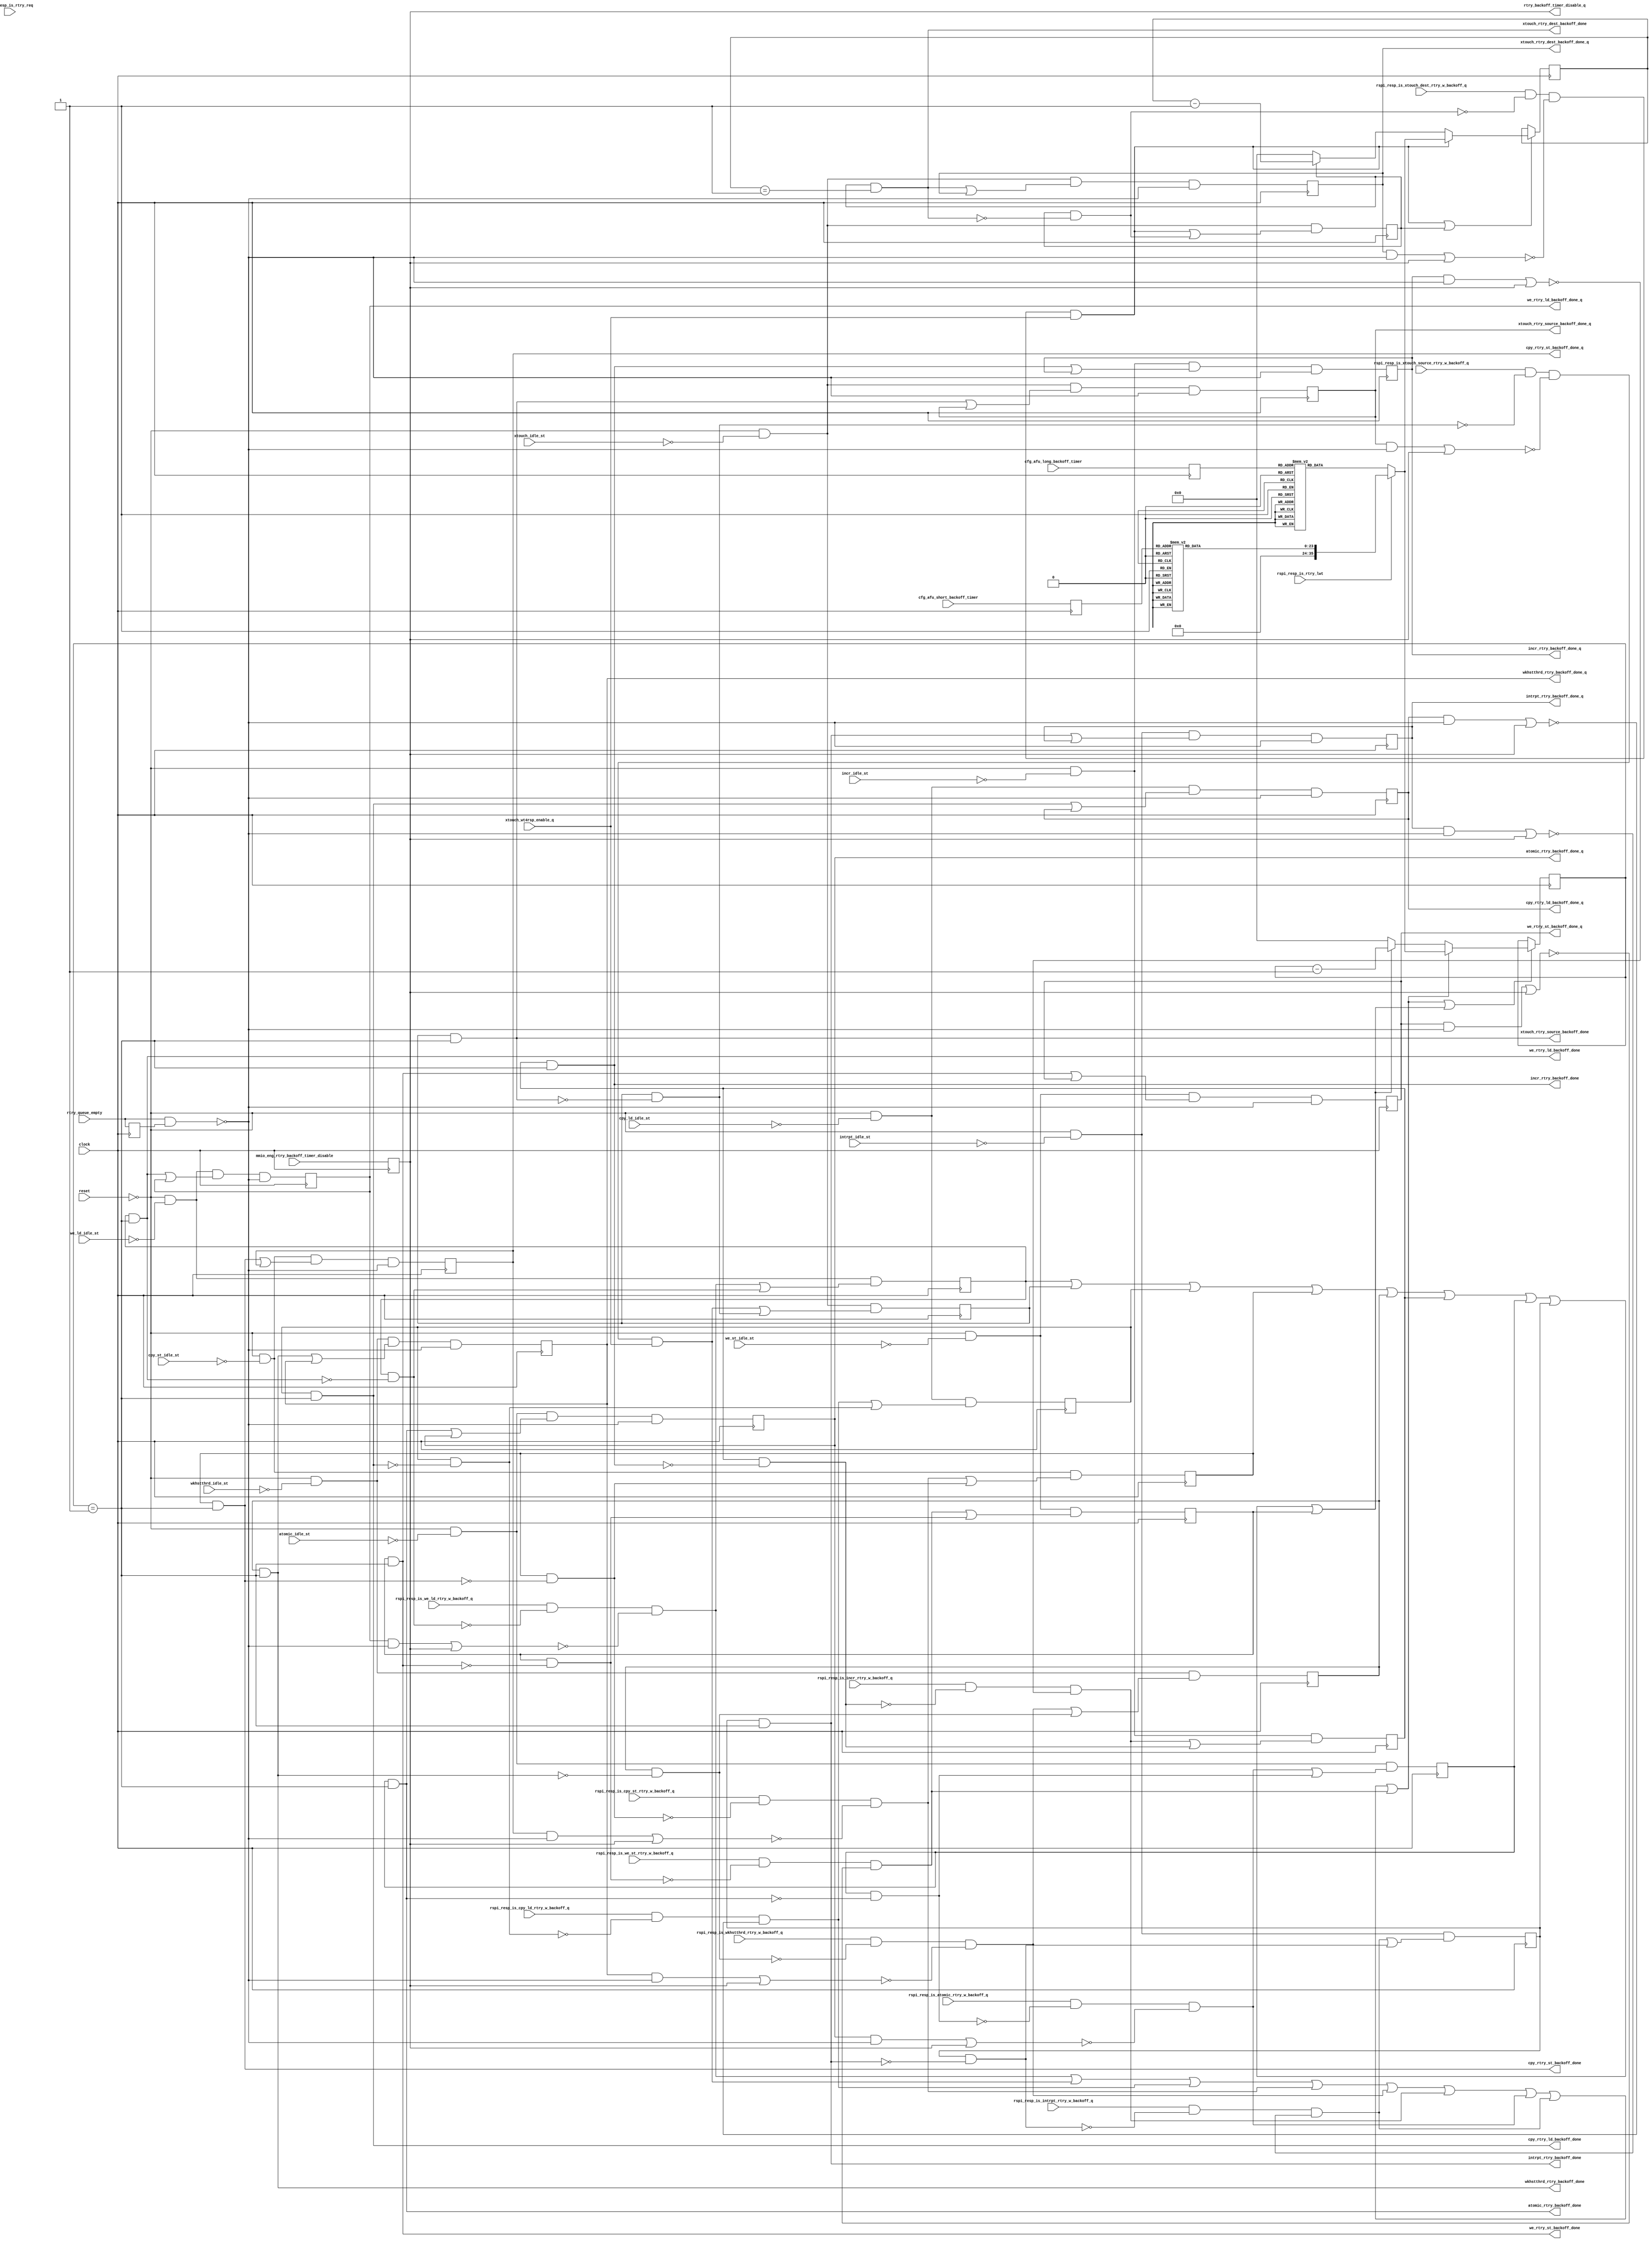
// *!***************************************************************************
// *! Copyright 2019 International Business Machines
// *!
// *! Licensed under the Apache License, Version 2.0 (the "License");
// *! you may not use this file except in compliance with the License.
// *! You may obtain a copy of the License at
// *! http://www.apache.org/licenses/LICENSE-2.0 
// *!
// *! The patent license granted to you in Section 3 of the License, as applied
// *! to the "Work," hereby includes implementations of the Work in physical form.  
// *!
// *! Unless required by applicable law or agreed to in writing, the reference design
// *! distributed under the License is distributed on an "AS IS" BASIS,
// *! WITHOUT WARRANTIES OR CONDITIONS OF ANY KIND, either express or implied.
// *! See the License for the specific language governing permissions and
// *! limitations under the License.
// *! 
// *! The background Specification upon which this is based is managed by and available from
// *! the OpenCAPI Consortium.  More information can be found at https://opencapi.org. 
// *!***************************************************************************
`timescale 1ns / 1ps

module mcp3_cpeng_rtry_timer (
  // -- Clocks and Reset
    input                 clock                                           
  , input                 reset

  // -- Modes/Config & Misc Inputs
  , input                 mmio_eng_rtry_backoff_timer_disable
  , input           [3:0] cfg_afu_long_backoff_timer
  , input           [3:0] cfg_afu_short_backoff_timer
  , input                 xtouch_wt4rsp_enable_q

  , input                 rtry_queue_empty

  // -- Idle State inputs from all of the sequencers
  , input                 we_ld_idle_st
  , input                 xtouch_idle_st
  , input                 cpy_ld_idle_st
  , input                 cpy_st_idle_st
  , input                 wkhstthrd_idle_st
  , input                 incr_idle_st
  , input                 atomic_idle_st
  , input                 intrpt_idle_st
  , input                 we_st_idle_st

  // -- Responses that require retry with backoff
  , input                 rspi_resp_is_we_ld_rtry_w_backoff_q
  , input                 rspi_resp_is_xtouch_source_rtry_w_backoff_q 
  , input                 rspi_resp_is_xtouch_dest_rtry_w_backoff_q
  , input                 rspi_resp_is_cpy_ld_rtry_w_backoff_q
  , input                 rspi_resp_is_cpy_st_rtry_w_backoff_q
  , input                 rspi_resp_is_wkhstthrd_rtry_w_backoff_q
  , input                 rspi_resp_is_incr_rtry_w_backoff_q
  , input                 rspi_resp_is_atomic_rtry_w_backoff_q
  , input                 rspi_resp_is_intrpt_rtry_w_backoff_q
  , input                 rspi_resp_is_we_st_rtry_w_backoff_q

  // -- Responses to determine long vs short timer
  , input                 rspi_resp_is_rtry_req 
  , input                 rspi_resp_is_rtry_lwt  

  // -- Outputs to the Rtry Sequencers
  , output                we_rtry_ld_backoff_done
  , output                xtouch_rtry_source_backoff_done
  , output                xtouch_rtry_dest_backoff_done
  , output                cpy_rtry_ld_backoff_done
  , output                cpy_rtry_st_backoff_done
  , output                wkhstthrd_rtry_backoff_done
  , output                incr_rtry_backoff_done
  , output                atomic_rtry_backoff_done
  , output                intrpt_rtry_backoff_done
  , output                we_rtry_st_backoff_done

  , output                rtry_backoff_timer_disable_q
  , output                we_rtry_ld_backoff_done_q
  , output                xtouch_rtry_source_backoff_done_q
  , output                xtouch_rtry_dest_backoff_done_q
  , output                cpy_rtry_ld_backoff_done_q
  , output                cpy_rtry_st_backoff_done_q
  , output                wkhstthrd_rtry_backoff_done_q
  , output                incr_rtry_backoff_done_q
  , output                atomic_rtry_backoff_done_q
  , output                intrpt_rtry_backoff_done_q
  , output                we_rtry_st_backoff_done_q

  );

  // -- ********************************************************************************************************************************
  // -- Signal declarations
  // -- ********************************************************************************************************************************

  reg      [35:0] cfg_long_backoff_timer;
  reg      [23:0] cfg_short_backoff_timer;

  wire            we_rtry_ld_backoff_start;
  wire            we_rtry_ld_backoff_done_int;

  wire            xtouch_rtry_source_backoff_start;
  wire            xtouch_rtry_source_backoff_done_int;

  wire            xtouch_rtry_dest_backoff_start;
  wire            xtouch_rtry_dest_backoff_done_int;

  wire            cpy_rtry_ld_backoff_start;
  wire            cpy_rtry_ld_backoff_done_int;

  wire            cpy_rtry_st_backoff_start;
  wire            cpy_rtry_st_backoff_done_int;

  wire            wkhstthrd_rtry_backoff_start;
  wire            wkhstthrd_rtry_backoff_done_int;

  wire            incr_rtry_backoff_start;
  wire            incr_rtry_backoff_done_int;

  wire            atomic_rtry_backoff_start;
  wire            atomic_rtry_backoff_done_int;

  wire            intrpt_rtry_backoff_start;
  wire            intrpt_rtry_backoff_done_int;

  wire            we_rtry_st_backoff_start;
  wire            we_rtry_st_backoff_done_int;

  wire            rtry_backoff_timer1_eq_one;
  wire            rtry_backoff_timer2_eq_one;

  wire            rtry_backoff_timer1_start;
  wire            rtry_backoff_timer2_start;

  wire            rtry_backoff_timer1_in_progress;
  wire            rtry_backoff_timer2_in_progress;


  // -- ********************************************************************************************************************************
  // -- Latch Signal declarations
  // -- ********************************************************************************************************************************

  wire            rtry_backoff_timer_disable_int_d;
  reg             rtry_backoff_timer_disable_int_q;

  wire      [3:0] cfg_afu_long_backoff_timer_d;
  reg       [3:0] cfg_afu_long_backoff_timer_q;

  wire      [3:0] cfg_afu_short_backoff_timer_d;
  reg       [3:0] cfg_afu_short_backoff_timer_q;

  wire            we_rtry_ld_backoff_in_progress_d;
  reg             we_rtry_ld_backoff_in_progress_q;
  wire            we_rtry_ld_backoff_done_int_d;
  reg             we_rtry_ld_backoff_done_int_q;

  wire            xtouch_rtry_source_backoff_in_progress_d;
  reg             xtouch_rtry_source_backoff_in_progress_q;
  wire            xtouch_rtry_source_backoff_done_int_d;
  reg             xtouch_rtry_source_backoff_done_int_q;

  wire            xtouch_rtry_dest_backoff_in_progress_d;
  reg             xtouch_rtry_dest_backoff_in_progress_q;
  wire            xtouch_rtry_dest_backoff_done_int_d;
  reg             xtouch_rtry_dest_backoff_done_int_q;

  wire            cpy_rtry_ld_backoff_in_progress_d;
  reg             cpy_rtry_ld_backoff_in_progress_q;
  wire            cpy_rtry_ld_backoff_done_int_d;
  reg             cpy_rtry_ld_backoff_done_int_q;

  wire            cpy_rtry_st_backoff_in_progress_d;
  reg             cpy_rtry_st_backoff_in_progress_q;
  wire            cpy_rtry_st_backoff_done_int_d;
  reg             cpy_rtry_st_backoff_done_int_q;

  wire            wkhstthrd_rtry_backoff_in_progress_d;
  reg             wkhstthrd_rtry_backoff_in_progress_q;
  wire            wkhstthrd_rtry_backoff_done_int_d;
  reg             wkhstthrd_rtry_backoff_done_int_q;

  wire            incr_rtry_backoff_in_progress_d;
  reg             incr_rtry_backoff_in_progress_q;
  wire            incr_rtry_backoff_done_int_d;
  reg             incr_rtry_backoff_done_int_q;

  wire            atomic_rtry_backoff_in_progress_d;
  reg             atomic_rtry_backoff_in_progress_q;
  wire            atomic_rtry_backoff_done_int_d;
  reg             atomic_rtry_backoff_done_int_q;

  wire            intrpt_rtry_backoff_in_progress_d;
  reg             intrpt_rtry_backoff_in_progress_q;
  wire            intrpt_rtry_backoff_done_int_d;
  reg             intrpt_rtry_backoff_done_int_q;

  wire            we_rtry_st_backoff_in_progress_d;
  reg             we_rtry_st_backoff_in_progress_q;
  wire            we_rtry_st_backoff_done_int_d;
  reg             we_rtry_st_backoff_done_int_q;

  wire            rtry_backoff_timer1_en;
  reg      [35:0] rtry_backoff_timer1_d;
  reg      [35:0] rtry_backoff_timer1_q;

  wire            rtry_backoff_timer2_en;
  reg      [35:0] rtry_backoff_timer2_d;
  reg      [35:0] rtry_backoff_timer2_q;

  wire            rtry_queue_empty_dly1_d;
  reg             rtry_queue_empty_dly1_q;


  // -- ********************************************************************************************************************************
  // -- Config/Mode repower 
  // -- ********************************************************************************************************************************

  assign  rtry_backoff_timer_disable_int_d =  mmio_eng_rtry_backoff_timer_disable;

  // -- Drive outbound for use by retry sequencers
  assign  rtry_backoff_timer_disable_q     =  rtry_backoff_timer_disable_int_q; 

  assign  cfg_afu_long_backoff_timer_d[3:0]  =  cfg_afu_long_backoff_timer[3:0];
  assign  cfg_afu_short_backoff_timer_d[3:0] =  cfg_afu_short_backoff_timer[3:0];


  // -- ********************************************************************************************************************************
  // -- rty_req long & short backoff timer conversion 
  // -- ********************************************************************************************************************************

  always @*
    begin
      case (cfg_afu_long_backoff_timer_q[3:0])                      // -- At 200 MHz, 20 clock cycles (x14) = 100 ns
        4'b0000:  cfg_long_backoff_timer[35:0] =  36'h0_0000_0014;  // --  2^(2*0)  =          1 * 100 ns  
        4'b0001:  cfg_long_backoff_timer[35:0] =  36'h0_0000_0050;  // --  2^(2*1)  =          4 * 100 ns
        4'b0010:  cfg_long_backoff_timer[35:0] =  36'h0_0000_0140;  // --  2^(2*2)  =         16 * 100 ns   
        4'b0011:  cfg_long_backoff_timer[35:0] =  36'h0_0000_0500;  // --  2^(2*3)  =         64 * 100 ns     
        4'b0100:  cfg_long_backoff_timer[35:0] =  36'h0_0000_1400;  // --  2^(2*4)  =        256 * 100 ns     
        4'b0101:  cfg_long_backoff_timer[35:0] =  36'h0_0000_5000;  // --  2^(2*5)  =       1024 * 100 ns     
        4'b0110:  cfg_long_backoff_timer[35:0] =  36'h0_0001_4000;  // --  2^(2*6)  =       4096 * 100 ns     
        4'b0111:  cfg_long_backoff_timer[35:0] =  36'h0_0005_0000;  // --  2^(2*7)  =      16384 * 100 ns     
        4'b1000:  cfg_long_backoff_timer[35:0] =  36'h0_0014_0000;  // --  2^(2*8)  =      65536 * 100 ns    
        4'b1001:  cfg_long_backoff_timer[35:0] =  36'h0_0050_0000;  // --  2^(2*9)  =     262144 * 100 ns      
        4'b1010:  cfg_long_backoff_timer[35:0] =  36'h0_0140_0000;  // --  2^(2*10) =    1048576 * 100 ns     
        4'b1011:  cfg_long_backoff_timer[35:0] =  36'h0_0500_0000;  // --  2^(2*11) =    4184304 * 100 ns    
        4'b1100:  cfg_long_backoff_timer[35:0] =  36'h0_1400_0000;  // --  2^(2*12) =   16777216 * 100 ns    
        4'b1101:  cfg_long_backoff_timer[35:0] =  36'h0_5000_0000;  // --  2^(2*13) =   67108864 * 100 ns    
        4'b1110:  cfg_long_backoff_timer[35:0] =  36'h1_4000_0000;  // --  2^(2*14) =  268435456 * 100 ns    
        4'b1111:  cfg_long_backoff_timer[35:0] =  36'h5_0000_0000;  // --  2^(2*15) = 1073741824 * 100 ns    
     endcase
    end // -- always @ *

  always @*
    begin
      case (cfg_afu_short_backoff_timer_q[3:0])                  // -- At 200 MHz, 20 clock cycles (x14) = 100 ns
        4'b0000:  cfg_short_backoff_timer[23:0] =  24'h00_0014;  // --  2^0  =     1 * 100 ns  
        4'b0001:  cfg_short_backoff_timer[23:0] =  24'h00_0028;  // --  2^1  =     2 * 100 ns
        4'b0010:  cfg_short_backoff_timer[23:0] =  24'h00_0050;  // --  2^2  =     4 * 100 ns   
        4'b0011:  cfg_short_backoff_timer[23:0] =  24'h00_00A0;  // --  2^3  =     8 * 100 ns     
        4'b0100:  cfg_short_backoff_timer[23:0] =  24'h00_0140;  // --  2^4  =    16 * 100 ns     
        4'b0101:  cfg_short_backoff_timer[23:0] =  24'h00_0280;  // --  2^5  =    32 * 100 ns     
        4'b0110:  cfg_short_backoff_timer[23:0] =  24'h00_0500;  // --  2^6  =    64 * 100 ns     
        4'b0111:  cfg_short_backoff_timer[23:0] =  24'h00_0A00;  // --  2^7  =   128 * 100 ns     
        4'b1000:  cfg_short_backoff_timer[23:0] =  24'h00_1400;  // --  2^8  =   256 * 100 ns    
        4'b1001:  cfg_short_backoff_timer[23:0] =  24'h00_2800;  // --  2^9  =   512 * 100 ns      
        4'b1010:  cfg_short_backoff_timer[23:0] =  24'h00_5000;  // --  2^10 =  1024 * 100 ns     
        4'b1011:  cfg_short_backoff_timer[23:0] =  24'h00_A000;  // --  2^11 =  2048 * 100 ns    
        4'b1100:  cfg_short_backoff_timer[23:0] =  24'h01_4000;  // --  2^12 =  4096 * 100 ns    
        4'b1101:  cfg_short_backoff_timer[23:0] =  24'h02_8000;  // --  2^13 =  8192 * 100 ns    
        4'b1110:  cfg_short_backoff_timer[23:0] =  24'h05_0000;  // --  2^14 = 16384 * 100 ns    
        4'b1111:  cfg_short_backoff_timer[23:0] =  24'h0A_0000;  // --  2^15 = 32768 * 100 ns    
      endcase
    end // -- always @ *

  // -- Retry Backoff Timers are started on the front end of the retry queue (as the response is received)
  // -- They are checked as the retried cmds are read from the rtry_queue.  If timer still active, need to wait, else proceed.
  // -- In the case of a xlate_pending or intrp_pending, those are queued in the queue to be released at a later time, no timer started until see xlate_done or intrp_rdy
  // -- Copy's are a special case because there are up to 32 outstanding operations ... not worth the real estate to track them individually
  // -- For copy's, a single timer will be used,  started on first retry.  After it counts down, all cmds in the rtry queue will be allowed to drain.
  // -- Once the rtry queue goes empty, done latch is reset, subsequent retry will again start the backoff timer.
  // -- xlate touches will use two individual timers, one for source, other for dest.
  // -- All other retries are single command, single timer

  // -- NOTE: rtry_req term includes both the normal response w/ resp_code of rty_req as well as pending_done w/ resp_code of rty_req

  assign  rtry_queue_empty_dly1_d = rtry_queue_empty;

  // -- we_rtry_ld backoff timer management  
  assign  we_rtry_ld_backoff_start                  =  ( rspi_resp_is_we_ld_rtry_w_backoff_q && ~( we_rtry_ld_backoff_in_progress_q && ~we_rtry_ld_backoff_done_int ) &&
                                                      ~(( we_rtry_ld_backoff_done_int_q && ~( rtry_queue_empty && rtry_queue_empty_dly1_q )) || rtry_backoff_timer_disable_int_q )); 
  assign  we_rtry_ld_backoff_in_progress_d          =  ( ~reset && ~we_ld_idle_st && ( we_rtry_ld_backoff_start || ( we_rtry_ld_backoff_in_progress_q && ~we_rtry_ld_backoff_done_int )));
  assign  we_rtry_ld_backoff_done_int_d             =  ( ~reset && ~we_ld_idle_st && ( we_rtry_ld_backoff_done_int  || we_rtry_ld_backoff_done_int_q ) && ~( rtry_queue_empty && rtry_queue_empty_dly1_q ));

  // -- xtouch_rtry_source backoff timer management
  assign  xtouch_rtry_source_backoff_start          =  ( rspi_resp_is_xtouch_source_rtry_w_backoff_q && ~(xtouch_rtry_source_backoff_in_progress_q && ~xtouch_rtry_source_backoff_done_int ) &&
                                                      ~(( xtouch_rtry_source_backoff_done_int_q && ~( rtry_queue_empty && rtry_queue_empty_dly1_q )) || rtry_backoff_timer_disable_int_q ) && xtouch_wt4rsp_enable_q );   
  assign  xtouch_rtry_source_backoff_in_progress_d  =  ( ~reset && ~xtouch_idle_st && ( xtouch_rtry_source_backoff_start || ( xtouch_rtry_source_backoff_in_progress_q && ~xtouch_rtry_source_backoff_done_int )));
  assign  xtouch_rtry_source_backoff_done_int_d     =  ( ~reset && ~xtouch_idle_st && ( xtouch_rtry_source_backoff_done_int  || xtouch_rtry_source_backoff_done_int_q ) && ~( rtry_queue_empty && rtry_queue_empty_dly1_q ));

  // -- xtouch_rtry_dest backoff timer management
  assign  xtouch_rtry_dest_backoff_start            =  ( rspi_resp_is_xtouch_dest_rtry_w_backoff_q && ~(xtouch_rtry_dest_backoff_in_progress_q && ~xtouch_rtry_dest_backoff_done_int ) &&
                                                      ~(( xtouch_rtry_dest_backoff_done_int_q && ~( rtry_queue_empty && rtry_queue_empty_dly1_q )) || rtry_backoff_timer_disable_int_q ) && xtouch_wt4rsp_enable_q );   
  assign  xtouch_rtry_dest_backoff_in_progress_d    =  ( ~reset && ~xtouch_idle_st && ( xtouch_rtry_dest_backoff_start || ( xtouch_rtry_dest_backoff_in_progress_q && ~xtouch_rtry_dest_backoff_done_int )));
  assign  xtouch_rtry_dest_backoff_done_int_d       =  ( ~reset && ~xtouch_idle_st && ( xtouch_rtry_dest_backoff_done_int  || xtouch_rtry_dest_backoff_done_int_q ) && ~( rtry_queue_empty && rtry_queue_empty_dly1_q ));

  // -- cpy_rtry_ld backoff timer management
  assign  cpy_rtry_ld_backoff_start                 =  ( rspi_resp_is_cpy_ld_rtry_w_backoff_q && ~( cpy_rtry_ld_backoff_in_progress_q && ~cpy_rtry_ld_backoff_done_int ) &&
                                                      ~(( cpy_rtry_ld_backoff_done_int_q && ~( rtry_queue_empty && rtry_queue_empty_dly1_q )) || rtry_backoff_timer_disable_int_q )); 
  assign  cpy_rtry_ld_backoff_in_progress_d         =  ( ~reset && ~cpy_ld_idle_st && ( cpy_rtry_ld_backoff_start || ( cpy_rtry_ld_backoff_in_progress_q && ~cpy_rtry_ld_backoff_done_int )));
  assign  cpy_rtry_ld_backoff_done_int_d            =  ( ~reset && ~cpy_ld_idle_st && ( cpy_rtry_ld_backoff_done_int  || cpy_rtry_ld_backoff_done_int_q ) && ~( rtry_queue_empty && rtry_queue_empty_dly1_q ));

  // -- cpy_rtry_st backoff timer management
  assign  cpy_rtry_st_backoff_start                 =  ( rspi_resp_is_cpy_st_rtry_w_backoff_q && ~( cpy_rtry_st_backoff_in_progress_q && ~cpy_rtry_st_backoff_done_int ) &&
                                                      ~(( cpy_rtry_st_backoff_done_int_q && ~( rtry_queue_empty && rtry_queue_empty_dly1_q )) || rtry_backoff_timer_disable_int_q )); 
  assign  cpy_rtry_st_backoff_in_progress_d         =  ( ~reset && ~cpy_st_idle_st && ( cpy_rtry_st_backoff_start || ( cpy_rtry_st_backoff_in_progress_q && ~cpy_rtry_st_backoff_done_int )));
  assign  cpy_rtry_st_backoff_done_int_d            =  ( ~reset && ~cpy_st_idle_st && ( cpy_rtry_st_backoff_done_int  || cpy_rtry_st_backoff_done_int_q ) && ~( rtry_queue_empty && rtry_queue_empty_dly1_q ));

  // -- wkhstthrd_rtry backoff timer management  
  assign  wkhstthrd_rtry_backoff_start              =  ( rspi_resp_is_wkhstthrd_rtry_w_backoff_q && ~( wkhstthrd_rtry_backoff_in_progress_q && ~wkhstthrd_rtry_backoff_done_int ) &&
                                                      ~(( wkhstthrd_rtry_backoff_done_int_q && ~( rtry_queue_empty && rtry_queue_empty_dly1_q )) || rtry_backoff_timer_disable_int_q )); 
  assign  wkhstthrd_rtry_backoff_in_progress_d      =  ( ~reset && ~wkhstthrd_idle_st && ( wkhstthrd_rtry_backoff_start || ( wkhstthrd_rtry_backoff_in_progress_q && ~wkhstthrd_rtry_backoff_done_int )));
  assign  wkhstthrd_rtry_backoff_done_int_d         =  ( ~reset && ~wkhstthrd_idle_st && ( wkhstthrd_rtry_backoff_done_int  || wkhstthrd_rtry_backoff_done_int_q ) && ~( rtry_queue_empty && rtry_queue_empty_dly1_q ));

  // -- incr_rtry backoff timer management  
  assign  incr_rtry_backoff_start                   =  ( rspi_resp_is_incr_rtry_w_backoff_q && ~( incr_rtry_backoff_in_progress_q && ~incr_rtry_backoff_done_int ) &&
                                                      ~(( incr_rtry_backoff_done_int_q && ~( rtry_queue_empty && rtry_queue_empty_dly1_q )) || rtry_backoff_timer_disable_int_q )); 
  assign  incr_rtry_backoff_in_progress_d           =  ( ~reset && ~incr_idle_st && ( incr_rtry_backoff_start || ( incr_rtry_backoff_in_progress_q && ~incr_rtry_backoff_done_int )));
  assign  incr_rtry_backoff_done_int_d              =  ( ~reset && ~incr_idle_st && ( incr_rtry_backoff_done_int  || incr_rtry_backoff_done_int_q ) && ~( rtry_queue_empty && rtry_queue_empty_dly1_q ));

  // -- atomic_rtry backoff timer management
  assign  atomic_rtry_backoff_start                 =  ( rspi_resp_is_atomic_rtry_w_backoff_q && ~( atomic_rtry_backoff_in_progress_q && ~atomic_rtry_backoff_done_int ) &&
                                                      ~(( atomic_rtry_backoff_done_int_q && ~( rtry_queue_empty && rtry_queue_empty_dly1_q )) || rtry_backoff_timer_disable_int_q )); 
  assign  atomic_rtry_backoff_in_progress_d         =  ( ~reset && ~atomic_idle_st && ( atomic_rtry_backoff_start || ( atomic_rtry_backoff_in_progress_q && ~atomic_rtry_backoff_done_int )));
  assign  atomic_rtry_backoff_done_int_d            =  ( ~reset && ~atomic_idle_st && ( atomic_rtry_backoff_done_int  || atomic_rtry_backoff_done_int_q ) && ~( rtry_queue_empty && rtry_queue_empty_dly1_q ));

  // -- intrpt_rtry backoff timer management
  assign  intrpt_rtry_backoff_start                 =  ( rspi_resp_is_intrpt_rtry_w_backoff_q && ~( intrpt_rtry_backoff_in_progress_q && ~intrpt_rtry_backoff_done_int ) &&
                                                      ~(( intrpt_rtry_backoff_done_int_q && ~( rtry_queue_empty && rtry_queue_empty_dly1_q )) || rtry_backoff_timer_disable_int_q )); 
  assign  intrpt_rtry_backoff_in_progress_d         =  ( ~reset && ~intrpt_idle_st && ( intrpt_rtry_backoff_start || ( intrpt_rtry_backoff_in_progress_q && ~intrpt_rtry_backoff_done_int )));
  assign  intrpt_rtry_backoff_done_int_d            =  ( ~reset && ~intrpt_idle_st && ( intrpt_rtry_backoff_done_int  || intrpt_rtry_backoff_done_int_q ) && ~( rtry_queue_empty && rtry_queue_empty_dly1_q ));

  // -- we_st_rtry backoff timer management
  assign  we_rtry_st_backoff_start                  =  ( rspi_resp_is_we_st_rtry_w_backoff_q && ~( we_rtry_st_backoff_in_progress_q && ~we_rtry_st_backoff_done_int ) &&
                                                      ~(( we_rtry_st_backoff_done_int_q && ~( rtry_queue_empty && rtry_queue_empty_dly1_q )) || rtry_backoff_timer_disable_int_q )); 
  assign  we_rtry_st_backoff_in_progress_d          =  ( ~reset && ~we_st_idle_st && ( we_rtry_st_backoff_start || ( we_rtry_st_backoff_in_progress_q && ~we_rtry_st_backoff_done_int )));
  assign  we_rtry_st_backoff_done_int_d             =  ( ~reset && ~we_st_idle_st && ( we_rtry_st_backoff_done_int  || we_rtry_st_backoff_done_int_q ) && ~( rtry_queue_empty && rtry_queue_empty_dly1_q ));

  // -- Send Raw Dones outbound for use by retry sequencers
  assign  we_rtry_ld_backoff_done           =  we_rtry_ld_backoff_done_int;
  assign  xtouch_rtry_source_backoff_done   =  xtouch_rtry_source_backoff_done_int;
  assign  xtouch_rtry_dest_backoff_done     =  xtouch_rtry_dest_backoff_done_int;
  assign  cpy_rtry_ld_backoff_done          =  cpy_rtry_ld_backoff_done_int;
  assign  cpy_rtry_st_backoff_done          =  cpy_rtry_st_backoff_done_int;
  assign  wkhstthrd_rtry_backoff_done       =  wkhstthrd_rtry_backoff_done_int;
  assign  incr_rtry_backoff_done            =  incr_rtry_backoff_done_int;
  assign  atomic_rtry_backoff_done          =  atomic_rtry_backoff_done_int;
  assign  intrpt_rtry_backoff_done          =  intrpt_rtry_backoff_done_int;
  assign  we_rtry_st_backoff_done           =  we_rtry_st_backoff_done_int;                                          

  // -- Send Backoff Enable and Done Latches outbound for use by retry sequencers
  assign  rtry_backoff_timer_disable_q      =  rtry_backoff_timer_disable_int_q;
  assign  we_rtry_ld_backoff_done_q         =  we_rtry_ld_backoff_done_int_q;
  assign  xtouch_rtry_source_backoff_done_q =  xtouch_rtry_source_backoff_done_int_q;
  assign  xtouch_rtry_dest_backoff_done_q   =  xtouch_rtry_dest_backoff_done_int_q;
  assign  cpy_rtry_ld_backoff_done_q        =  cpy_rtry_ld_backoff_done_int_q;
  assign  cpy_rtry_st_backoff_done_q        =  cpy_rtry_st_backoff_done_int_q;
  assign  wkhstthrd_rtry_backoff_done_q     =  wkhstthrd_rtry_backoff_done_int_q;
  assign  incr_rtry_backoff_done_q          =  incr_rtry_backoff_done_int_q;
  assign  atomic_rtry_backoff_done_q        =  atomic_rtry_backoff_done_int_q;
  assign  intrpt_rtry_backoff_done_q        =  intrpt_rtry_backoff_done_int_q;
  assign  we_rtry_st_backoff_done_q         =  we_rtry_st_backoff_done_int_q;                                          

  assign  rtry_backoff_timer1_eq_one =  ( rtry_backoff_timer1_q[35:0] == 36'b1 );

  assign          we_rtry_ld_backoff_done_int =  (         we_rtry_ld_backoff_in_progress_q && rtry_backoff_timer1_eq_one ); 
  assign  xtouch_rtry_source_backoff_done_int =  ( xtouch_rtry_source_backoff_in_progress_q && rtry_backoff_timer1_eq_one ); 
  assign    xtouch_rtry_dest_backoff_done_int =  (   xtouch_rtry_dest_backoff_in_progress_q && rtry_backoff_timer2_eq_one );  // -- xtouch dest uses timer2
  assign         cpy_rtry_ld_backoff_done_int =  (        cpy_rtry_ld_backoff_in_progress_q && rtry_backoff_timer1_eq_one ); 
  assign         cpy_rtry_st_backoff_done_int =  (        cpy_rtry_st_backoff_in_progress_q && rtry_backoff_timer1_eq_one ); 
  assign      wkhstthrd_rtry_backoff_done_int =  (     wkhstthrd_rtry_backoff_in_progress_q && rtry_backoff_timer1_eq_one ); 
  assign           incr_rtry_backoff_done_int =  (          incr_rtry_backoff_in_progress_q && rtry_backoff_timer1_eq_one ); 
  assign         atomic_rtry_backoff_done_int =  (        atomic_rtry_backoff_in_progress_q && rtry_backoff_timer1_eq_one ); 
  assign         intrpt_rtry_backoff_done_int =  (        intrpt_rtry_backoff_in_progress_q && rtry_backoff_timer1_eq_one ); 
  assign          we_rtry_st_backoff_done_int =  (         we_rtry_st_backoff_in_progress_q && rtry_backoff_timer1_eq_one ); 


  assign  rtry_backoff_timer1_start =
            (         we_rtry_ld_backoff_start ||
              xtouch_rtry_source_backoff_start ||
                     cpy_rtry_ld_backoff_start ||
                     cpy_rtry_st_backoff_start || 
                  wkhstthrd_rtry_backoff_start ||
                       incr_rtry_backoff_start ||
                     atomic_rtry_backoff_start ||
                     intrpt_rtry_backoff_start ||
                      we_rtry_st_backoff_start );

  assign  rtry_backoff_timer1_in_progress =
            (         we_rtry_ld_backoff_in_progress_q ||
              xtouch_rtry_source_backoff_in_progress_q ||
                     cpy_rtry_ld_backoff_in_progress_q ||
                     cpy_rtry_st_backoff_in_progress_q ||
                  wkhstthrd_rtry_backoff_in_progress_q ||
                       incr_rtry_backoff_in_progress_q ||
                     atomic_rtry_backoff_in_progress_q ||
                     intrpt_rtry_backoff_in_progress_q ||
                      we_rtry_st_backoff_in_progress_q );

  assign  rtry_backoff_timer1_en =  ( rtry_backoff_timer1_start || rtry_backoff_timer1_in_progress ); 


  always @*
    begin
      if ( rtry_backoff_timer1_start )
        begin
          if ( rspi_resp_is_rtry_lwt )
            rtry_backoff_timer1_d[35:0] =  { 12'b0, cfg_short_backoff_timer[23:0] };
          else
            rtry_backoff_timer1_d[35:0] =  cfg_long_backoff_timer[35:0];
        end
      else if ( rtry_backoff_timer1_in_progress ) 
        rtry_backoff_timer1_d[35:0] =  ( rtry_backoff_timer1_q[35:0] - 36'h000000001 );
      else 
        rtry_backoff_timer1_d[35:0] =  36'b0;
    end // -- always @ *


  assign  rtry_backoff_timer2_eq_one      =  ( rtry_backoff_timer2_q[35:0] == 36'b1 );
  assign  rtry_backoff_timer2_start       =    xtouch_rtry_dest_backoff_start;
  assign  rtry_backoff_timer2_in_progress =    xtouch_rtry_dest_backoff_in_progress_q;
  assign  rtry_backoff_timer2_en          =  ( rtry_backoff_timer2_start || rtry_backoff_timer2_in_progress ); 

  always @*
    begin
      if ( rtry_backoff_timer2_start )
        begin
          if ( rspi_resp_is_rtry_lwt )
            rtry_backoff_timer2_d[35:0] =  { 12'b0, cfg_short_backoff_timer[23:0] };
          else
            rtry_backoff_timer2_d[35:0] =  cfg_long_backoff_timer[35:0];
        end
      else if ( rtry_backoff_timer2_in_progress ) 
        rtry_backoff_timer2_d[35:0] =  ( rtry_backoff_timer2_q[35:0] - 36'h000000001 );
      else 
        rtry_backoff_timer2_d[35:0] =  36'b0;
    end // -- always @ *


  // -- ********************************************************************************************************************************
  // -- Latch assignments
  // -- ********************************************************************************************************************************

  always @ ( posedge clock )
    begin

      rtry_backoff_timer_disable_int_q            <= rtry_backoff_timer_disable_int_d;

      cfg_afu_long_backoff_timer_q[3:0]           <= cfg_afu_long_backoff_timer_d[3:0];
      cfg_afu_short_backoff_timer_q[3:0]          <= cfg_afu_short_backoff_timer_d[3:0];

      // -- rtry backoff timer in_progress/done latches
      we_rtry_ld_backoff_in_progress_q            <= we_rtry_ld_backoff_in_progress_d;       
      we_rtry_ld_backoff_done_int_q               <= we_rtry_ld_backoff_done_int_d;
       
      xtouch_rtry_source_backoff_in_progress_q    <= xtouch_rtry_source_backoff_in_progress_d;
      xtouch_rtry_source_backoff_done_int_q       <= xtouch_rtry_source_backoff_done_int_d;

      xtouch_rtry_dest_backoff_in_progress_q      <= xtouch_rtry_dest_backoff_in_progress_d;
      xtouch_rtry_dest_backoff_done_int_q         <= xtouch_rtry_dest_backoff_done_int_d;

      cpy_rtry_ld_backoff_in_progress_q           <= cpy_rtry_ld_backoff_in_progress_d;
      cpy_rtry_ld_backoff_done_int_q              <= cpy_rtry_ld_backoff_done_int_d;

      cpy_rtry_st_backoff_in_progress_q           <= cpy_rtry_st_backoff_in_progress_d;
      cpy_rtry_st_backoff_done_int_q              <= cpy_rtry_st_backoff_done_int_d;

      wkhstthrd_rtry_backoff_in_progress_q        <= wkhstthrd_rtry_backoff_in_progress_d;
      wkhstthrd_rtry_backoff_done_int_q           <= wkhstthrd_rtry_backoff_done_int_d;

      incr_rtry_backoff_in_progress_q             <= incr_rtry_backoff_in_progress_d;
      incr_rtry_backoff_done_int_q                <= incr_rtry_backoff_done_int_d;

      atomic_rtry_backoff_in_progress_q           <= atomic_rtry_backoff_in_progress_d;
      atomic_rtry_backoff_done_int_q              <= atomic_rtry_backoff_done_int_d;

      intrpt_rtry_backoff_in_progress_q           <= intrpt_rtry_backoff_in_progress_d;
      intrpt_rtry_backoff_done_int_q              <= intrpt_rtry_backoff_done_int_d;

      we_rtry_st_backoff_in_progress_q            <= we_rtry_st_backoff_in_progress_d;       
      we_rtry_st_backoff_done_int_q               <= we_rtry_st_backoff_done_int_d;       

      // -- rtry backoff timer latches
      if ( rtry_backoff_timer1_en )      
        rtry_backoff_timer1_q[35:0]               <= rtry_backoff_timer1_d[35:0];

      if ( rtry_backoff_timer2_en )      
        rtry_backoff_timer2_q[35:0]               <= rtry_backoff_timer2_d[35:0];

      rtry_queue_empty_dly1_q                     <= rtry_queue_empty_dly1_d;


    end // -- always @ *

endmodule


  // -- Simple In/Out
  // --                          |     |     |     |     |     |     |     |     |     |     |     |     |     |     |     |     |     |     |     |
  // --                          
  // -- *_backoff_done_q         __________________________________________________________________________________________________________________
  // --                                       _____
  // -- resp_is_*_rtry_w_backoff_q / wren ___|     |________________________________________________________________________________________________
  // --                                             _____
  // -- rden                     __________________|     |__________________________________________________________________________________________
  // --                          __________________       __________________________________________________________________________________________
  // -- empty                                      |_____|
  // --                          ________________________       ____________________________________________________________________________________
  // -- empty_dly1_q                                     |_____|
  // --                                       _____
  // -- *_backoff_start          ____________|     |________________________________________________________________________________________________
  // --                                             _________________________________________
  // -- *_backoff_in_progress_q  __________________|                                         |______________________________________________________
  // --                          __________________ _____ _____ _____ _____ _____ _____ _____ ______________________________________________________
  // -- *_backoff_timer          __________________X__7__X__6__X__5__X__4__X__3__X__2__X__1__X______________________________________________________
  // --                                                                                 _____
  // -- *_backoff_done           ______________________________________________________|     |______________________________________________________
  // --                          ____________________________________ _______________________ _______________________ ______________________________
  // -- *_rtry_seq_q             __________________1_________________X___________2___________X___________4___________X_________________1____________


  // --  Last one in queue
  // --                          |     |     |     |     |     |     |     |     |     |     |     |     |     |     |     |     |     |     |     |
  // --                          ____________________________________
  // -- *_backoff_done_q                   hold this til -->   xxxxx |______________________________________________________________________________
  // --                                                
  // -- resp_is_*_rtry_w_backoff_q / wren __________________________________________________________________________________________________________
  // --                                             _____
  // -- rden                     __________________|     |______xxxxx_______________________________________________________________________________
  // --                                                   __________________________________________________________________________________________
  // -- empty                    ________________________|
  // --                                                         ____________________________________________________________________________________
  // -- empty_dly1_q             ______________________________|
  // --                                                         xxxxx  <--- latched output of rtry queue decoded here
  // -- *_backoff_start          ___________________________________________________________________________________________________________________
  // --                                                                                           
  // -- *_backoff_in_progress_q  ___________________________________________________________________________________________________________________
  // --                          ___________________________________________________________________________________________________________________
  // -- *_backoff_timer          ___________________________0's_____________________________________________________________________________________
  // --                                                                                      
  // -- *_backoff_done           ___________________________________________________________________________________________________________________
  // --                          ____________________________________ _______________________ ______________________________________________________
  // -- *_rtry_seq_q             __________________1_________________X___________4___________X___________1__________________________________________


  // -- 2nd comes in 1 cycle before done
  // --                          |     |     |     |     |     |     |     |     |     |     |     |     |     |     |     |     |     |     |     |
  // --                                                                                       _________________________________________
  // -- *_backoff_done_q         ____________________________________________________________|                                         |____________
  // --                                       _____                               _____
  // -- resp_is_*_rtry_w_backoff_q / wren ___|     |_____________________________|     |____________________________________________________________
  // --                                             _____                                                             _____
  // -- rden                     __________________|     |______xxxxx________________________________________________|     |______xxxxx_____________
  // --                          __________________       _____________________________                                     ________________________
  // -- empty                                      |_____|                             |___________________________________|
  // --                          ________________________       _____________________________                                     __________________
  // -- empty_dly1_q                                     |_____|                             |___________________________________|
  // --                                       _____
  // -- *_backoff_start          ____________|     |________________________________________________________________________________________________
  // --                                             _________________________________________
  // -- *_backoff_in_progress_q  __________________|                                         |______________________________________________________
  // --                          __________________ _____ _____ _____ _____ _____ _____ _____ ______________________________________________________
  // -- *_backoff_timer          __________________X__7__X__6__X__5__X__4__X__3__X__2__X__1__X______________________________________________________
  // --                                                                                 _____
  // -- *_backoff_done           ______________________________________________________|     |______________________________________________________
  // --                          ____________________________________ _______________________ _______________________ _________________ ____________
  // -- *_rtry_seq_q             __________________1_________________X___________2___________X___________4___________X________1________X____________


  // -- 2nd comes in cycle of done
  // --                          |     |     |     |     |     |     |     |     |     |     |     |     |     |     |     |     |     |     |     |
  // --                                                                                                                                   
  // -- *_backoff_done_q         ___________________________________________________________________________________________________________________
  // --                                       _____                                     _____
  // -- resp_is_*_rtry_w_backoff_q / wren ___|     |___________________________________|     |______________________________________________________
  // --                                             _____                                                             _____
  // -- rden                     __________________|     |______xxxxx________________________________________________|     |______xxxxx_____________
  // --                          __________________       ___________________________________                               ________________________
  // -- empty                                      |_____|                                   |_____________________________|
  // --                          ________________________       ___________________________________                               __________________
  // -- empty_dly1_q                                     |_____|                                   |_____________________________|
  // --                                       _____                                     _____
  // -- *_backoff_start          ____________|     |___________________________________|     |______________________________________________________
  // --                                             _________________________________________
  // -- *_backoff_in_progress_q  __________________|                                         |______________________________________________________
  // --                          __________________ _____ _____ _____ _____ _____ _____ _____ _____ _____ _____ _____ _____ _____ _____ ____________
  // -- *_backoff_timer          __________________X__7__X__6__X__5__X__4__X__3__X__2__X__1__X__7__X__6__X__5__X__4__X__3__X__2__X__1__X____________
  // --                                                                                 _____                                     _____
  // -- *_backoff_done           ______________________________________________________|     |___________________________________|     |____________
  // --                          ____________________________________ _______________________ _______________________ _________________ ____________
  // -- *_rtry_seq_q             __________________1_________________X___________2___________X___________4___________X________1________X________4___


  // -- 2nd comes in cycle of done
  // --                          |     |     |     |     |     |     |     |     |     |     |     |     |     |     |     |     |     |     |     |
  // --                                                                                                                           _____
  // -- *_backoff_done_q         ________________________________________________________________________________________________|     |____________
  // --                                       _____                                     _____
  // -- resp_is_*_rtry_w_backoff_q / wren ___|     |___________________________________|     |______________________________________________________
  // --                                             _____                                                             _____
  // -- rden                     __________________|     |______xxxxx________________________________________________|     |______xxxxx_____________
  // --                          __________________       ___________________________________                               ________________________
  // -- empty                                      |_____|                                   |_____________________________|
  // --                          ________________________       ___________________________________                               __________________
  // -- empty_dly1_q                                     |_____|                                   |_____________________________|
  // --                                       _____                                     _____
  // -- *_backoff_start          ____________|     |___________________________________|     |______________________________________________________
  // --                                             _________________________________________
  // -- *_backoff_in_progress_q  __________________|                                         |______________________________________________________
  // --                          __________________ _____ _____ _____ _____ _____ _____ _____ _____ _____ _____ _____ _____ _____ __________________
  // -- *_backoff_timer          __________________X__7__X__6__X__5__X__4__X__3__X__2__X__1__X__6__X__5__X__4__X__3__X__2__X__1__X__________________
  // --                                                                                 _____                               _____
  // -- *_backoff_done           ______________________________________________________|     |_____________________________|     |__________________
  // --                          ____________________________________ _______________________ _______________________ _________________ ____________
  // -- *_rtry_seq_q             __________________1_________________X___________2___________X___________4___________X________1________X_______4____



  // -- 2nd comes in cycle of done
  // --                          |     |     |     |     |     |     |     |     |     |     |     |     |     |     |     |     |     |     |     |
  // --                                                                                                                                   
  // -- *_backoff_done_q         ___________________________________________________________________________________________________________________
  // --                                       _____                                     _____
  // -- resp_is_*_rtry_w_backoff_q / wren ___|     |___________________________________|     |______________________________________________________
  // --                                             _____                                                             _____
  // -- rden                     __________________|     |______xxxxx________________________________________________|     |______xxxxx_____________
  // --                          __________________       ___________________________________                               ________________________
  // -- empty                                      |_____|                                   |_____________________________|
  // --                          ________________________       ___________________________________                               __________________
  // -- empty_dly1_q                                     |_____|                                   |_____________________________|
  // --                                       _____                                     _____
  // -- *_backoff_start          ____________|     |___________________________________|     |______________________________________________________
  // --                                             _________________________________________
  // -- *_backoff_in_progress_q  __________________|                                         |______________________________________________________
  // --                          __________________ _____ _____ _____ _____ _____ _____ _____ _____ _____ _____ _____ _____ _____ _____ _____ ______
  // -- *_backoff_timer          __________________X__7__X__6__X__5__X__4__X__3__X__2__X__1__X__8__X__7__X__6__X__5__X__4__X__3__X__2__X__1__X______
  // --                                                                                 _____                                           _____
  // -- *_backoff_done           ______________________________________________________|     |_________________________________________|     |______
  // --                          ____________________________________ _______________________ _______________________ _________________ _____ ______
  // -- *_rtry_seq_q             __________________1_________________X___________2___________X___________4___________X________1________X__2__X__4___